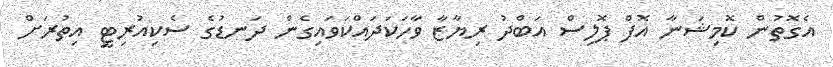
އެގޮތުން ކޮމިޝަނާ އޮފް ޕޮލިސް އަބްދު ރިޔާޒާ ވާހަކަދައްކަވައިގެން ދަނޑުގެ ސެކިއުރިޓީ އިތުރަށް